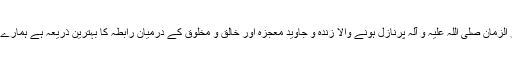
اللہ کا یہ بابرکت کلام جو ہمارے نبی آخر الزمان صلی اللہ علیہ و آلہ پرنازل ہونے والا زندہ و جاوید معجزہ اور خالق و مخلوق کے درمیان رابطہ کا بہترین ذریعہ ہے ہمارے درمیان آج بھی مہجورومتروک واقع ہے!